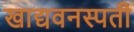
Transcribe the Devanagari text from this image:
खाद्यवनस्पती